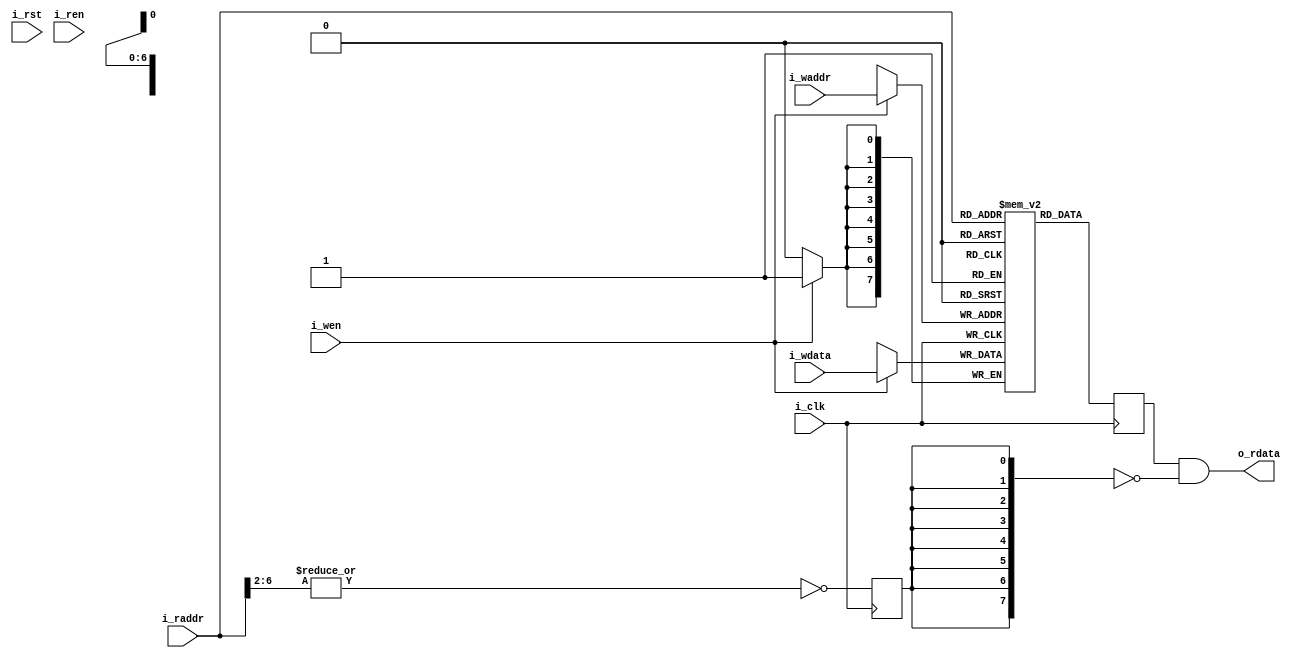
module serv_rf_ram #(
    parameter width     = 8,
    parameter rf_count  = 16,
    parameter csr_count = 8,
    parameter depth     = (rf_count+csr_count)*32/width
)
(
    input  wire                      i_clk,
    input  wire                      i_rst,
    input  wire [$clog2(depth)-1:0]  i_waddr, // 16 GPRs + 7 CSRs
    input  wire [width-1:0] 	     i_wdata,
    input  wire 			         i_wen,
    input  wire [$clog2(depth)-1:0]  i_raddr, // 16 GPRs + 7 CSRs
    input  wire			             i_ren,
    output wire [width-1:0] 	     o_rdata
);
   
       
   reg [width-1:0] memory [0:depth-1];
   reg [width-1:0] rdata ;
   
//   wire [$clog2(depth)-1:0] half_waddr = {1'b0, i_waddr[$clog2(depth)], i_waddr[$clog2(depth)-2:0]};
//   wire [$clog2(depth)-1:0] half_raddr = {1'b0, i_raddr[$clog2(depth)], i_raddr[$clog2(depth)-2:0]};
   /*
   
   hex |ram  |csr 
   addr|addr |name
   ----|-----|----------
   340 |16   |mscrath
   341 |17   |mepc
   343 |18   |mtval
   305 |19   |mtvec
   xxx |20   |reserved
   7b1 |21   |dpc
   7b2 |22   |dscratch0
   xxx |22-31|reserved
   
   */
   
   integer i;
   initial begin
    for (i = 0; i < depth; i = i + 1)
        memory[i] = 0;
   end
   
   always @(posedge i_clk) begin
      if (i_wen) memory[i_waddr] <= i_wdata;
      rdata <= memory[i_raddr];
   end
   
   /* Reads from reg x0 needs to return 0
    Check that the part of the read address corresponding to the register
    is zero and gate the output
    width LSB of reg index $clog2(width)
    2     4                1
    4     3                2
    8     2                3
    16    1                4
    32    0                5
    */
   reg regzero;

   always @(posedge i_clk)
     regzero <= !(|i_raddr[$clog2(depth)-1:5-$clog2(width)]);

   assign o_rdata = rdata & ~{width{regzero}};
   
endmodule